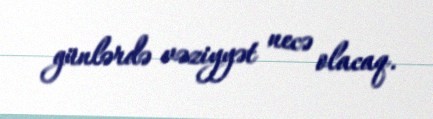
günlərdə vəziyyət necə olacaq.